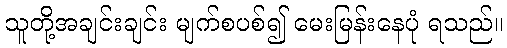
သူတို့အချင်းချင်း မျက်စပစ်၍ မေးမြန်းနေပုံ ရသည်။